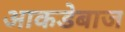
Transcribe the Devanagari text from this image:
आकडेबाज